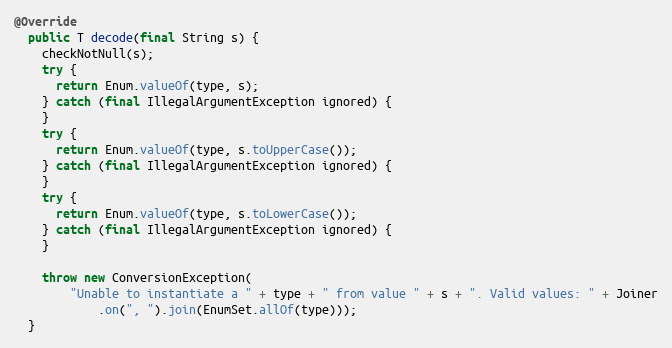
Language: Java
@Override
  public T decode(final String s) {
    checkNotNull(s);
    try {
      return Enum.valueOf(type, s);
    } catch (final IllegalArgumentException ignored) {
    }
    try {
      return Enum.valueOf(type, s.toUpperCase());
    } catch (final IllegalArgumentException ignored) {
    }
    try {
      return Enum.valueOf(type, s.toLowerCase());
    } catch (final IllegalArgumentException ignored) {
    }

    throw new ConversionException(
        "Unable to instantiate a " + type + " from value " + s + ". Valid values: " + Joiner
            .on(", ").join(EnumSet.allOf(type)));
  }